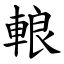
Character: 䡙